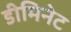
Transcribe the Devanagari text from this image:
डीमिनेट